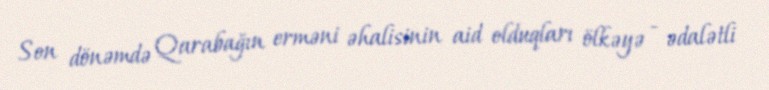
Son dönəmdə Qarabağın erməni əhalisinin aid olduqları ölkəyə - ədalətli